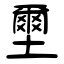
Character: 壐